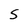
Character: S